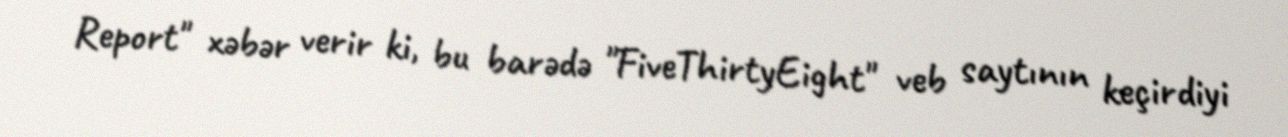
Report" xəbər verir ki, bu barədə "FiveThirtyEight" veb saytının keçirdiyi